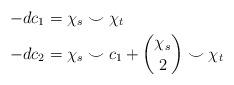
LaTeX: \begin{align*} -dc_1 & = \chi_s \smile \chi_t \\ -dc_2 & = \chi_s \smile c_1 + {\chi_s \choose 2} \smile \chi_t\end{align*}